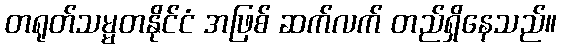
တရုတ်သမ္မတနိုင်ငံ အဖြစ် ဆက်လက် တည်ရှိနေသည်။